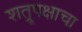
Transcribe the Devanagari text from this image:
शत्रूपक्षाचा